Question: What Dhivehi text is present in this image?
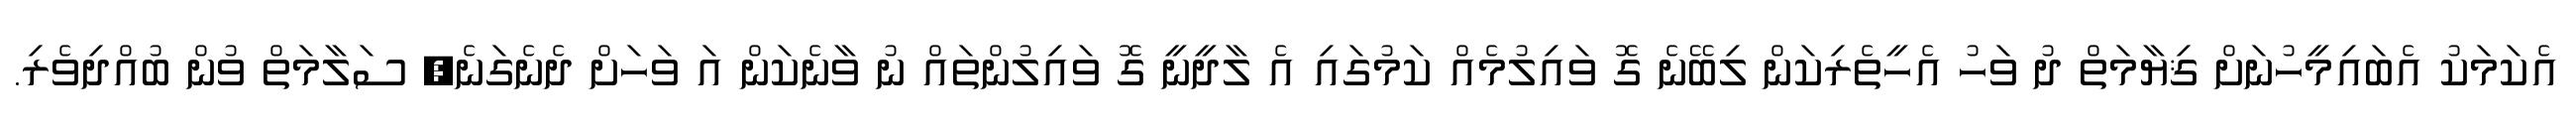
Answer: އެކަމަކު އެބައިމީހުނަށް ޤިޔާމަތް ދު ވަހު އެހީތެރިކަން ލިބޭނެ ގޮ ވައިލުމެއް ކަމުގައި އެ ލާދީނީ ގޮ ވައިލުންތައް ނު ވާނެކަން އަ ވަހަށް ދެނެގަނެ, ސަލާމަތް ވުން ބުއްދިވެރި.